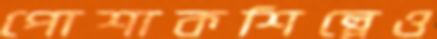
পোশাকশিল্পেও